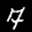
Label: 7